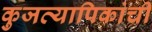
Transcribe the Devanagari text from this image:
कुजव्यापिकांची